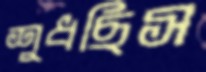
শুধছিস